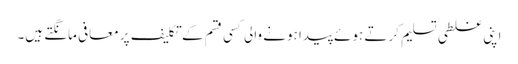
اپنی غلطی تسلیم کرتے ہوئے پیدا ہونے والی کسی قسم کے تکلیف پر معافی مانگتے ہیں۔